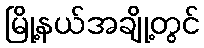
မြို့နယ်အချို့တွင်